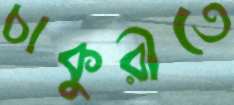
চাকুরীতে